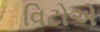
વિટોએ